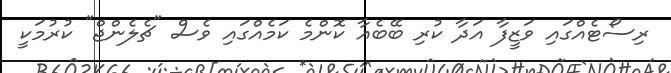
ރިސޯޓެއްގައި ވަޒީފާ އަދާ ކުރި ބޭބެއާ ކޮންމެ ކަމެއްގައި ވެސް "ޗެލެންޖް" ކުރުމަކީ